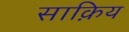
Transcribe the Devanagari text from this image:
साक़िय